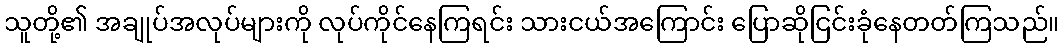
သူတို့၏ အချုပ်အလုပ်များကို လုပ်ကိုင်နေကြရင်း သားငယ်အကြောင်း ပြောဆိုငြင်းခုံနေတတ်ကြသည်။